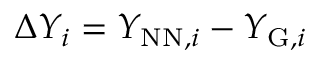
\Delta Y _ { i } = Y _ { \mathrm { N N } , i } - Y _ { \mathrm { G } , i }